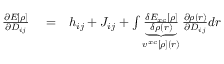
\begin{array} { r l r } { \frac { \partial E [ \rho ] } { \partial D _ { i j } } } & { { } = } & { h _ { i j } + J _ { i j } + \int \underbrace { \frac { \delta E _ { x c } [ \rho ] } { \delta \rho ( r ) } } _ { v ^ { x c } [ \rho ] ( r ) } \frac { \partial \rho ( r ) } { \partial D _ { i j } } d r } \end{array}